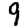
Digit: 9